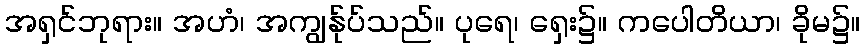
အရှင်ဘုရား။ အဟံ၊ အကျွန်ုပ်သည်။ ပုရေ၊ ရှေး၌။ ကပေါတိယာ၊ ခိုမ၌။